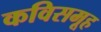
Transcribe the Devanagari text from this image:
कविसमूह